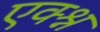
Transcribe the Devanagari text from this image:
एक्श्न